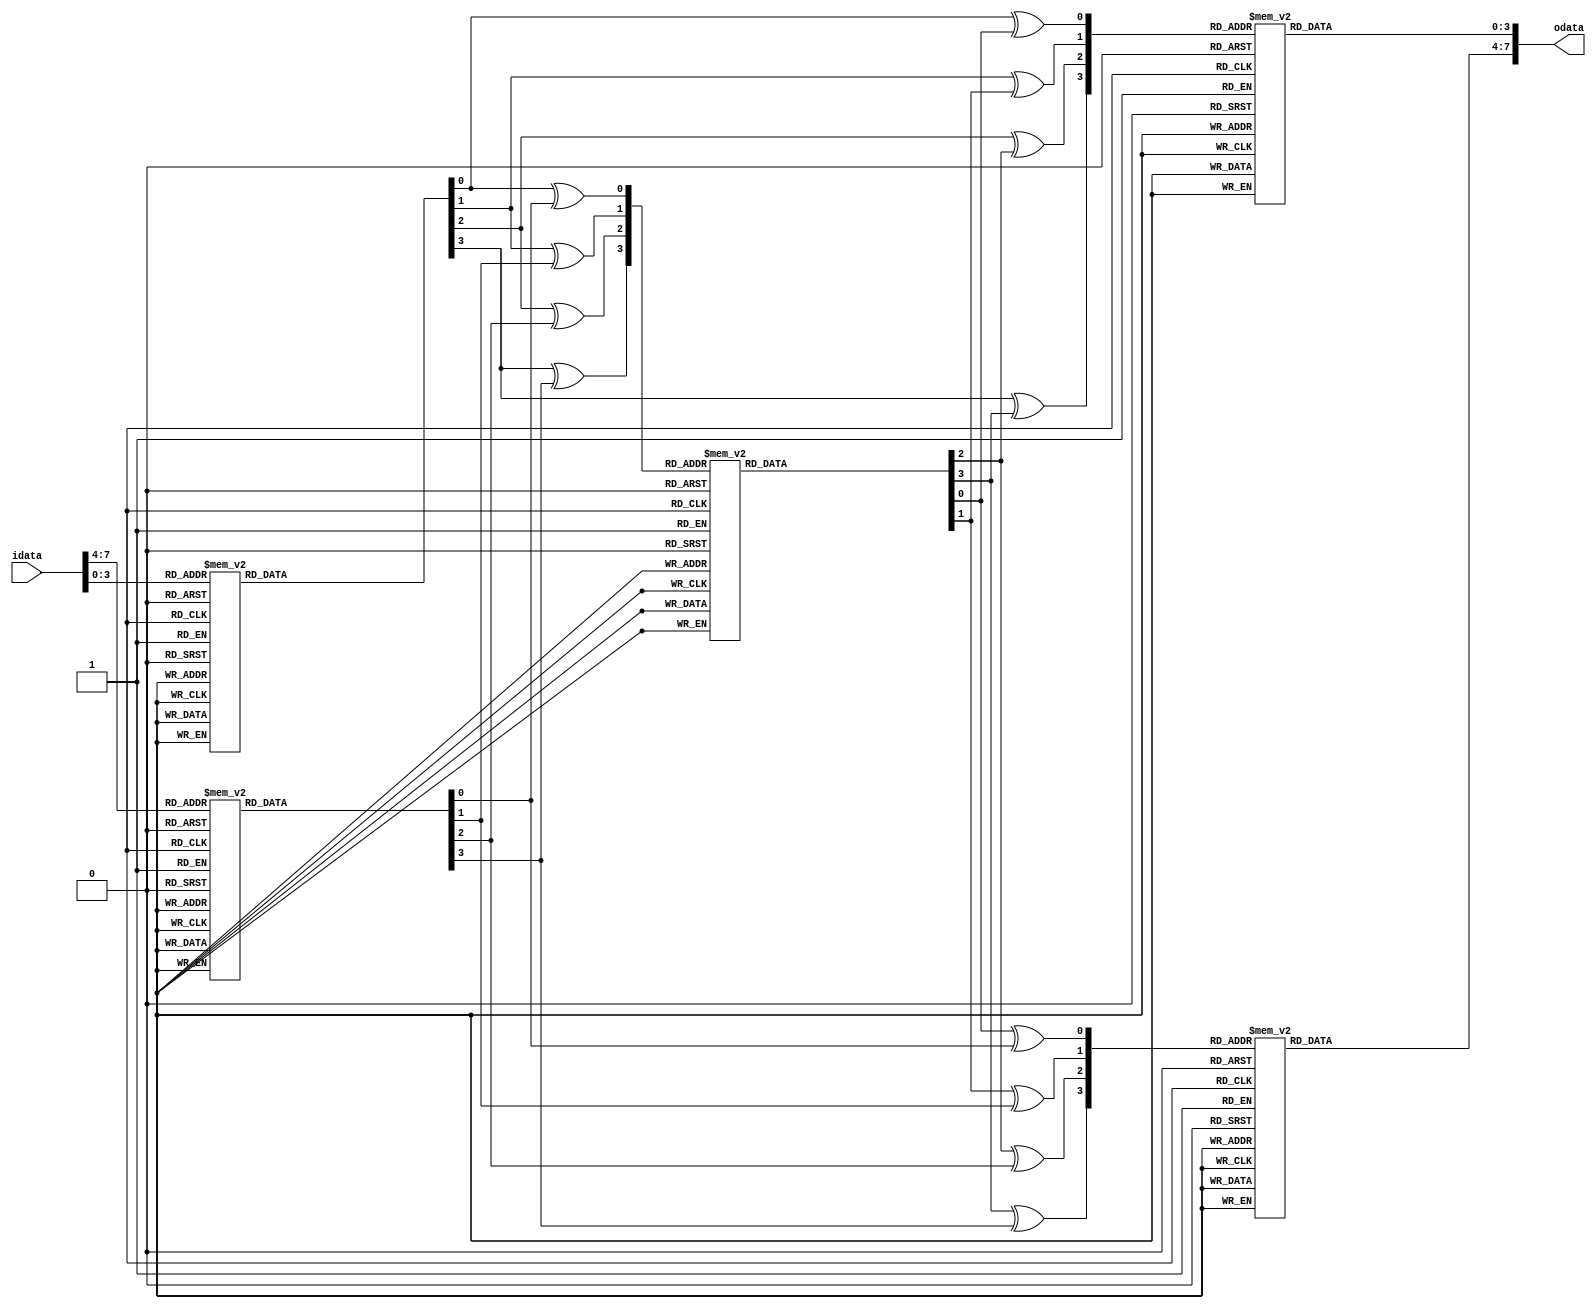
module WHIRLPOOL_WCIPHER_SBOX (
        output reg [7:0 ] odata,   
        input      [7:0 ] idata
);
reg  [3:0] a, b, d;
wire [3:0] c, g, h;
always @*
begin
    case (idata[3:0])
        4'h0: a = 4'hF;
        4'h1: a = 4'h0;
        4'h2: a = 4'hD;
        4'h3: a = 4'h7;
        4'h4: a = 4'hB;
        4'h5: a = 4'hE;
        4'h6: a = 4'h5;
        4'h7: a = 4'hA;
        4'h8: a = 4'h9;
        4'h9: a = 4'h2;
        4'hA: a = 4'hC;
        4'hB: a = 4'h1;
        4'hC: a = 4'h3;
        4'hD: a = 4'h4;
        4'hE: a = 4'h8;
        4'hF: a = 4'h6;
    endcase
end
always @*
begin
    case (idata[7:4])
        4'h0: b = 4'h1;
        4'h1: b = 4'hB;
        4'h2: b = 4'h9;
        4'h3: b = 4'hC;
        4'h4: b = 4'hD;
        4'h5: b = 4'h6;
        4'h6: b = 4'hF;
        4'h7: b = 4'h3;
        4'h8: b = 4'hE;
        4'h9: b = 4'h8;
        4'hA: b = 4'h7;
        4'hB: b = 4'h4;
        4'hC: b = 4'hA;
        4'hD: b = 4'h2;
        4'hE: b = 4'h5;
        4'hF: b = 4'h0;
    endcase
end
always @*
begin
    case (c[3:0])
        4'h0: d = 4'h7;
        4'h1: d = 4'hC;
        4'h2: d = 4'hB;
        4'h3: d = 4'hD;
        4'h4: d = 4'hE;
        4'h5: d = 4'h4;
        4'h6: d = 4'h9;
        4'h7: d = 4'hF;
        4'h8: d = 4'h6;
        4'h9: d = 4'h3;
        4'hA: d = 4'h8;
        4'hB: d = 4'hA;
        4'hC: d = 4'h2;
        4'hD: d = 4'h5;
        4'hE: d = 4'h1;
        4'hF: d = 4'h0;
    endcase
end
assign c[3:0] = { a[3]^b[3] , a[2]^b[2] , a[1]^b[1] , a[0]^b[0] };    
assign g[3:0] = { a[3]^d[3] , a[2]^d[2] , a[1]^d[1] , a[0]^d[0] };    
assign h[3:0] = { d[3]^b[3] , d[2]^b[2] , d[1]^b[1] , d[0]^b[0] };    
always @*
begin
    case (g[3:0])
        4'h0: odata[3:0] = 4'hF;
        4'h1: odata[3:0] = 4'h0;
        4'h2: odata[3:0] = 4'hD;
        4'h3: odata[3:0] = 4'h7;
        4'h4: odata[3:0] = 4'hB;
        4'h5: odata[3:0] = 4'hE;
        4'h6: odata[3:0] = 4'h5;
        4'h7: odata[3:0] = 4'hA;
        4'h8: odata[3:0] = 4'h9;
        4'h9: odata[3:0] = 4'h2;
        4'hA: odata[3:0] = 4'hC;
        4'hB: odata[3:0] = 4'h1;
        4'hC: odata[3:0] = 4'h3;
        4'hD: odata[3:0] = 4'h4;
        4'hE: odata[3:0] = 4'h8;
        4'hF: odata[3:0] = 4'h6;
    endcase
end
always @*
begin
    case (h[3:0])
        4'h0: odata[7:4] = 4'h1;
        4'h1: odata[7:4] = 4'hB;
        4'h2: odata[7:4] = 4'h9;
        4'h3: odata[7:4] = 4'hC;
        4'h4: odata[7:4] = 4'hD;
        4'h5: odata[7:4] = 4'h6;
        4'h6: odata[7:4] = 4'hF;
        4'h7: odata[7:4] = 4'h3;
        4'h8: odata[7:4] = 4'hE;
        4'h9: odata[7:4] = 4'h8;
        4'hA: odata[7:4] = 4'h7;
        4'hB: odata[7:4] = 4'h4;
        4'hC: odata[7:4] = 4'hA;
        4'hD: odata[7:4] = 4'h2;
        4'hE: odata[7:4] = 4'h5;
        4'hF: odata[7:4] = 4'h0;
    endcase
end
endmodule